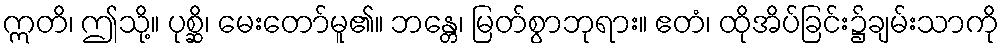
ဣတိ၊ ဤသို့။ ပုစ္ဆိ၊ မေးတော်မူ၏။ ဘန္တေ၊ မြတ်စွာဘုရား။ ဧတံ၊ ထိုအိပ်ခြင်း၌ချမ်းသာကို